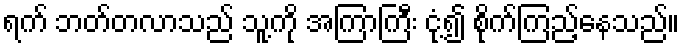
ရက် ဘတ်တလာသည် သူ့ကို အကြာကြီး ငုံ့၍ စိုက်ကြည့်နေသည်။